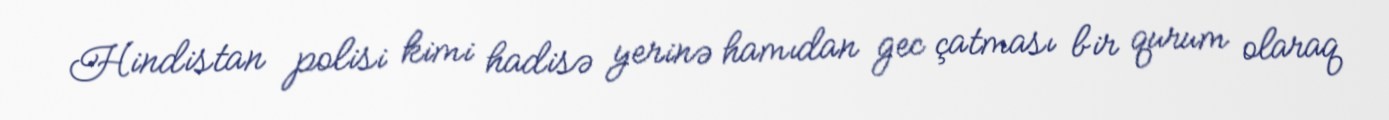
Hindistan polisi kimi hadisə yerinə hamıdan gec çatması bir qurum olaraq